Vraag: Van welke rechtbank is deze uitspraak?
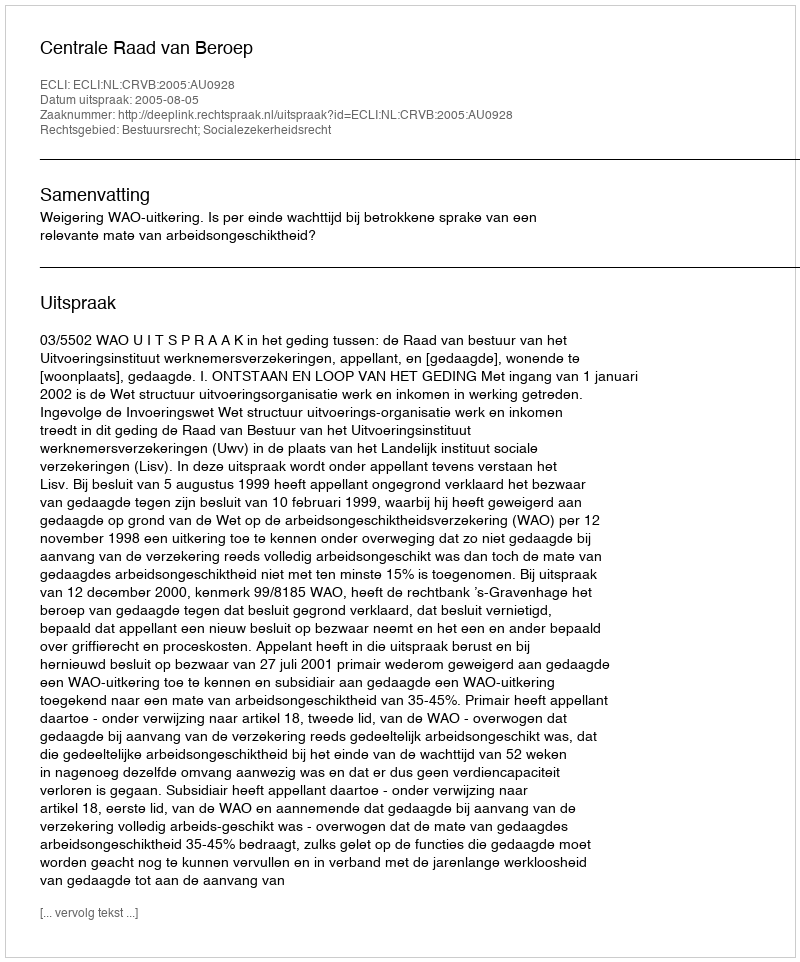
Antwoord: Centrale Raad van Beroep